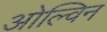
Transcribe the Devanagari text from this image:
ओल्विन